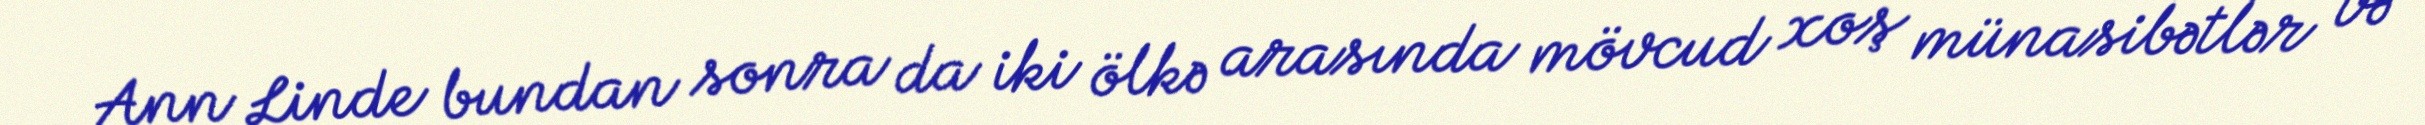
Ann Linde bundan sonra da iki ölkə arasında mövcud xoş münasibətlər və